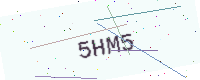
Text: 5HM5